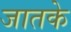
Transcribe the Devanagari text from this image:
जातके